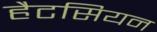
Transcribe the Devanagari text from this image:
हैटसियन